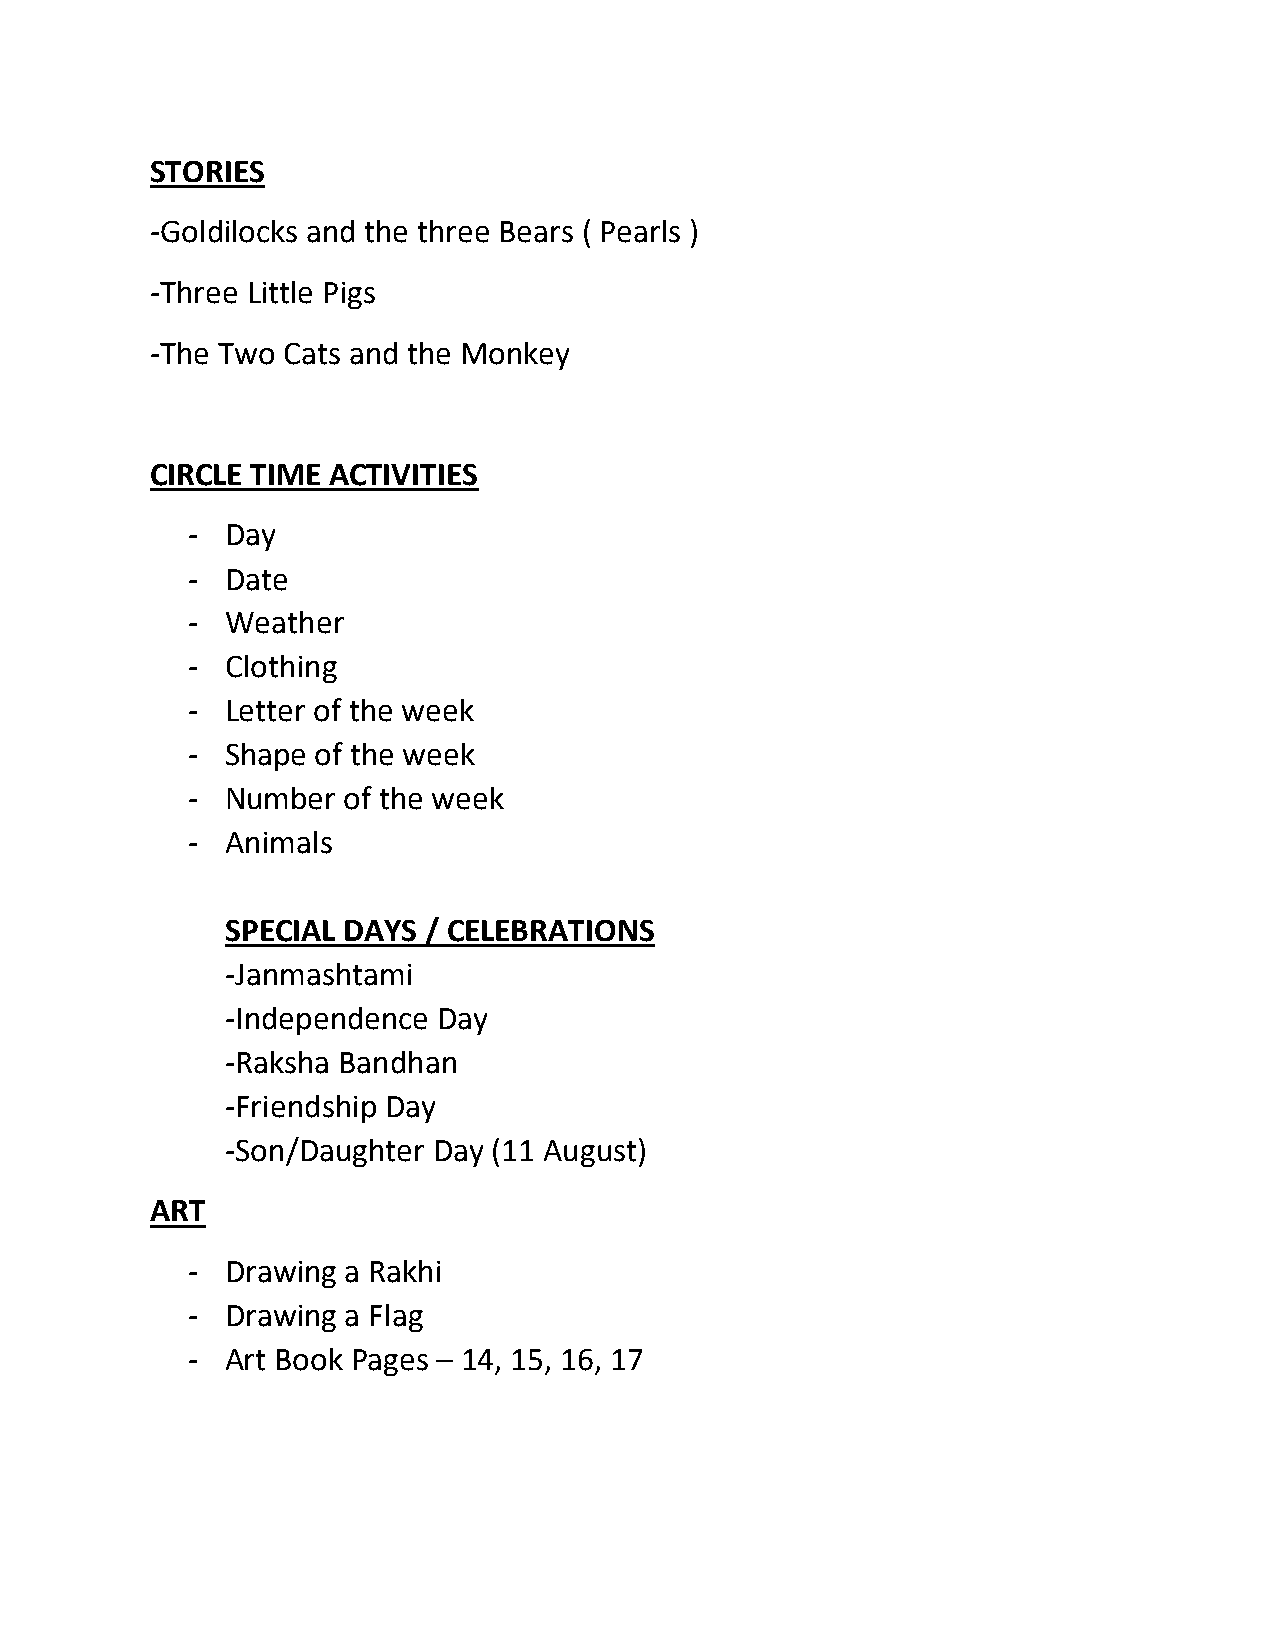
STORIES
 -Goldilocks and the three Bears ( Pearls )
 -Three Little Pigs
 -The Two Cats and the Monkey
 CIRCLE TIME ACTIVITIES
 -  Day
 -  Date
 -  Weather
 -  Clothing
 -  Letter of the week
 -  Shape of the week
 -  Number  of the week
 -  Animals
 SPECIAL DAYS / CELEBRATIONS
 -Janmashtami
 -Independence Day
 -Raksha Bandhan
 -Friendship Day
 -Son/Daughter Day (11 August)
 ART
 -  Drawing a Rakhi
 -  Drawing a Flag
 -  Art Book Pages – 14, 15, 16, 17